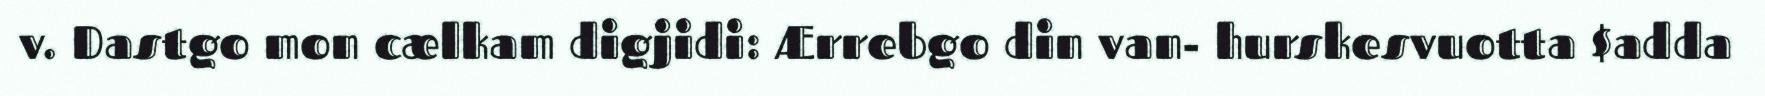
v. Dastgo mon cælkam digjidi: Ærrebgo din van- hurskesvuotta $adda